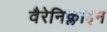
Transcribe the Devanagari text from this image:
वैरेनिक्लाइन